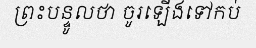
ព្រះបន្ទូលថា ចូរឡើងទៅកប់